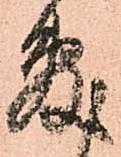
敷